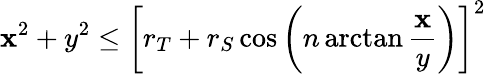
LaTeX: \mathbf{x}^{2}+y^{2}\leq\left[r_{T}+r_{S}\cos\left(n\arctan{\frac{{\mathbf{x}}}{{y}}}\right)\right]^{2}